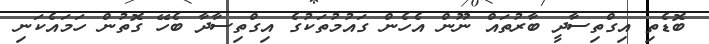
ބޮޑެތި އިގްތިސާދީ ބާރުތައް ނޫން އެހެން ގައުމުތަކުގެ އިގްތިސާދާ ބެހޭ ގޮތުން ހަމައެކަަނި